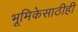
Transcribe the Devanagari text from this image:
भूमिकेसाठीही